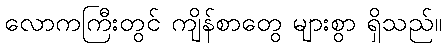
လောကကြီးတွင် ကျိန်စာတွေ များစွာ ရှိသည်။